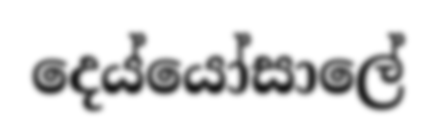
දෙය්යෝසාලේ